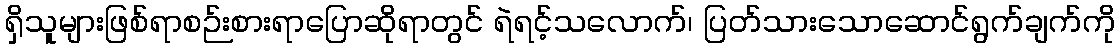
ရှိသူများဖြစ်ရာစဉ်းစားရာပြောဆိုရာတွင် ရဲရင့်သလောက်၊ ပြတ်သားသောဆောင်ရွက်ချက်ကို